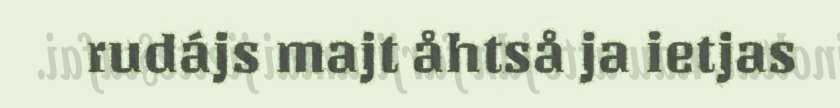
rudájs majt åhtså ja ietjas